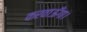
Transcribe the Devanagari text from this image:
करवाऊँगा।